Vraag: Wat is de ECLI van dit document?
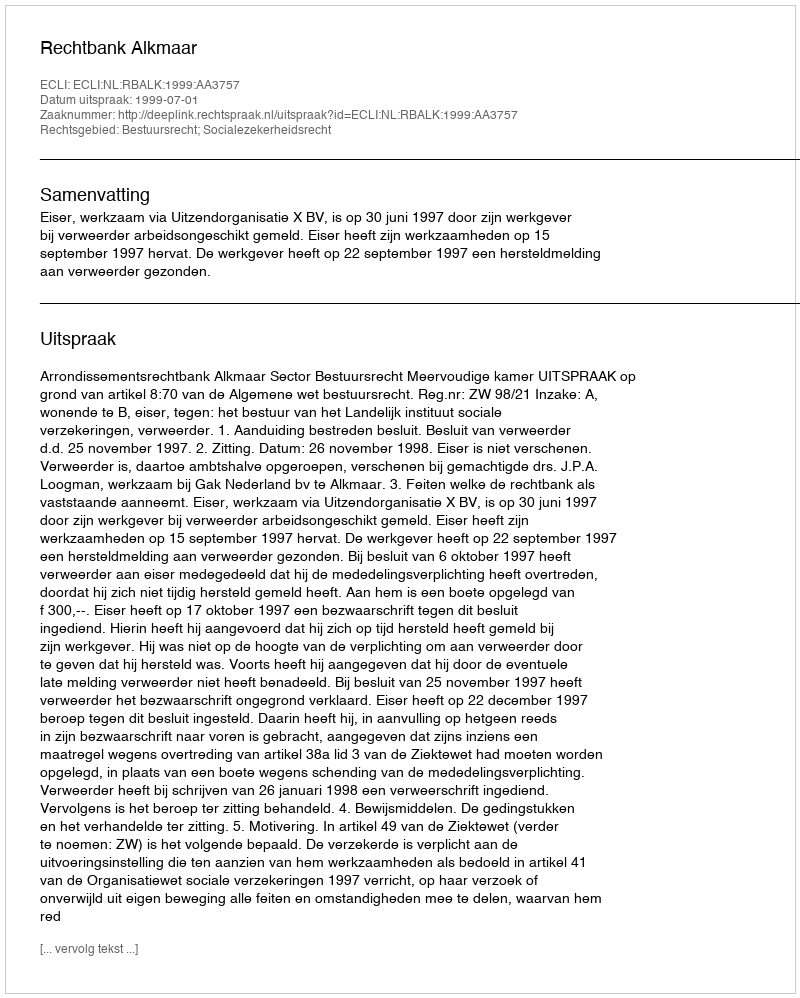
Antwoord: ECLI:NL:RBALK:1999:AA3757